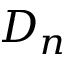
D _ { n }